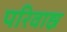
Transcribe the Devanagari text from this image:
परिवाह्न